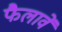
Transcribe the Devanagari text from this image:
फैलावें